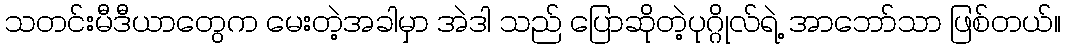
သတင်းမီဒီယာတွေက မေးတဲ့အခါမှာ အဲဒါ သည် ပြောဆိုတဲ့ပုဂ္ဂိုလ်ရဲ့ အာဘော်သာ ဖြစ်တယ်။